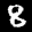
Digit: 8